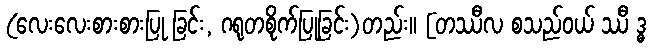
(လေးလေးစားစားပြု ခြင်း, ဂရုတစိုက်ပြုခြင်း)တည်း။ [တဿီလ စသည်ဝယ် ဿီ ဒ္ဓ